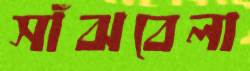
সাঁঝবেলা